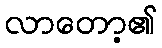
လာတော့၏